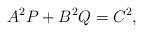
LaTeX: \begin{align*} A^2P+B^2Q=C^2,\end{align*}